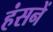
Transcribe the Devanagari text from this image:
हंसनें